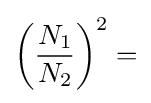
\left({\frac {N_{1}}{N_{2}}}\right)^{2}=